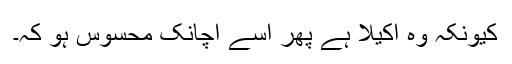
کیونکہ وہ اکیلا ہے پھر اسے اچانک محسوس ہو کہ۔